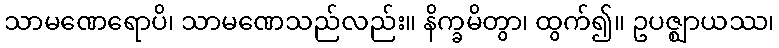
သာမဏေရောပိ၊ သာမဏေသည်လည်း။ နိက္ခမိတွာ၊ ထွက်၍။ ဥပဇ္ဈာယဿ၊